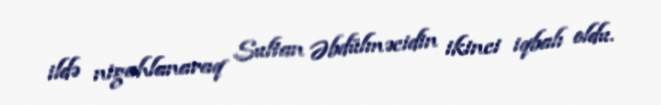
ildə nigahlanaraq Sultan Əbdülməcidin ikinci iqbalı oldu.